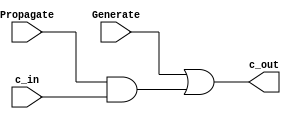
// =============================================================================
// Author: 
// Affiliation: Hong Kong University of Science and Technology
// Description: Behavior Description of Carry Generator
// -----------------------------------------------------------------------------
module Carry_Generate(
	input [0:0] Propagate,
	input [0:0] Generate,
	input [0:0] c_in,
	output 	[0:0] c_out
);

assign c_out = Generate | (Propagate & c_in);

endmodule